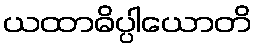
ယထာဓိပ္ပါယောတိ